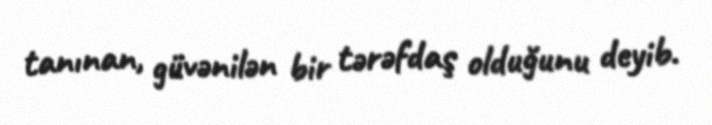
tanınan, güvənilən bir tərəfdaş olduğunu deyib.